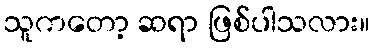
သူကတော့ ဆရာ ဖြစ်ပါသလား။